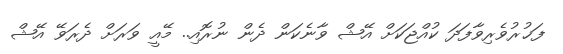
ފަޚުރުވެރިވާފަދަ ކުއްޖަކަށް އޭޝް ވާނެކަން ދެން ނުރޮއި.. މޭއީ ވަރަށް ދެރަވޭ އޭޝް